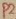
Text: P2